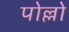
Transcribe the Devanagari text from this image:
पोल्लो